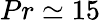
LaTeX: Pr\simeq 15